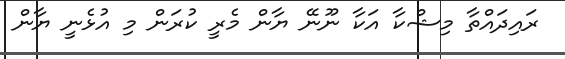
ރައިދައްތާ މިޝްކާ އަކާ ނޫނޭ ޔާން މެރީ ކުރަން މި އުޅެނީ ޔާން